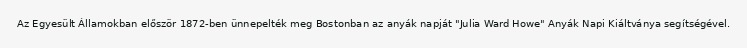
Az Egyesült Államokban először 1872-ben ünnepelték meg Bostonban az anyák napját "Julia Ward Howe" Anyák Napi Kiáltványa segítségével.